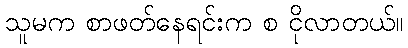
သူမက စာဖတ်နေရင်းက စ ငိုလာတယ်။